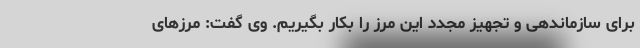
برای سازماندهی و تجهیز مجدد این مرز را بکار بگیریم. وی گفت: مرزهای